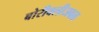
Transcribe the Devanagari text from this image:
बोरीवलीजवळ